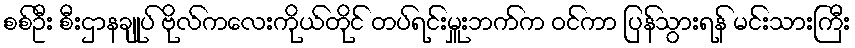
စစ်ဦး စီးဌာနချုပ် ဗိုလ်ကလေးကိုယ်တိုင် တပ်ရင်းမှူးဘက်က ဝင်ကာ ပြန်သွားရန် မင်းသားကြီး